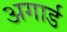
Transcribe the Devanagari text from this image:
अगार्ड